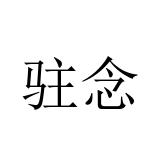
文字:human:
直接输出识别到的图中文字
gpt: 驻念